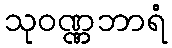
သုဝဏ္ဏဘာရံ